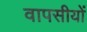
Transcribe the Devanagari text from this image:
वापसीयों